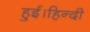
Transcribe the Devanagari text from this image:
हुई।हिन्दी